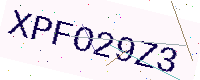
Text: XPFO29Z3